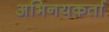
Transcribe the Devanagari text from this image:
अभिनयकर्ता